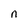
Character: n